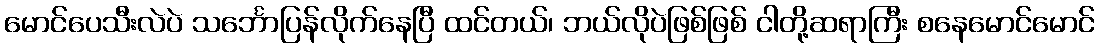
မောင်ပေသီးလဲပဲ သင်္ဘောပြန်လိုက်နေပြီ ထင်တယ်၊ ဘယ်လိုပဲဖြစ်ဖြစ် ငါတို့ဆရာကြီး စနေမောင်မောင်